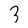
Character: 3